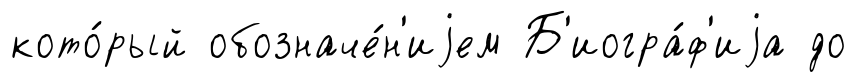
кото́рый обозначе́н'иjем Б'иогра́ф'иjа до